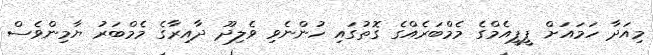
މިއަދާ ހަމައަށް ޕީޕީއެމްގެ މެމްބަރެއްގެ ގޮތުގައި ހުންނެވި ވެލިދޫ ދާއިރާގެ މެމްބަރު ޔާމިންވެސް